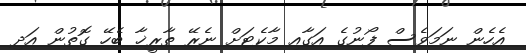
އެހެން ނަމަވެސް ފޯނުގެ އަގާއި މާކެޓަށް ނެރޭ ތާރީޚާ ބެހޭ ގޮތުން އަދި